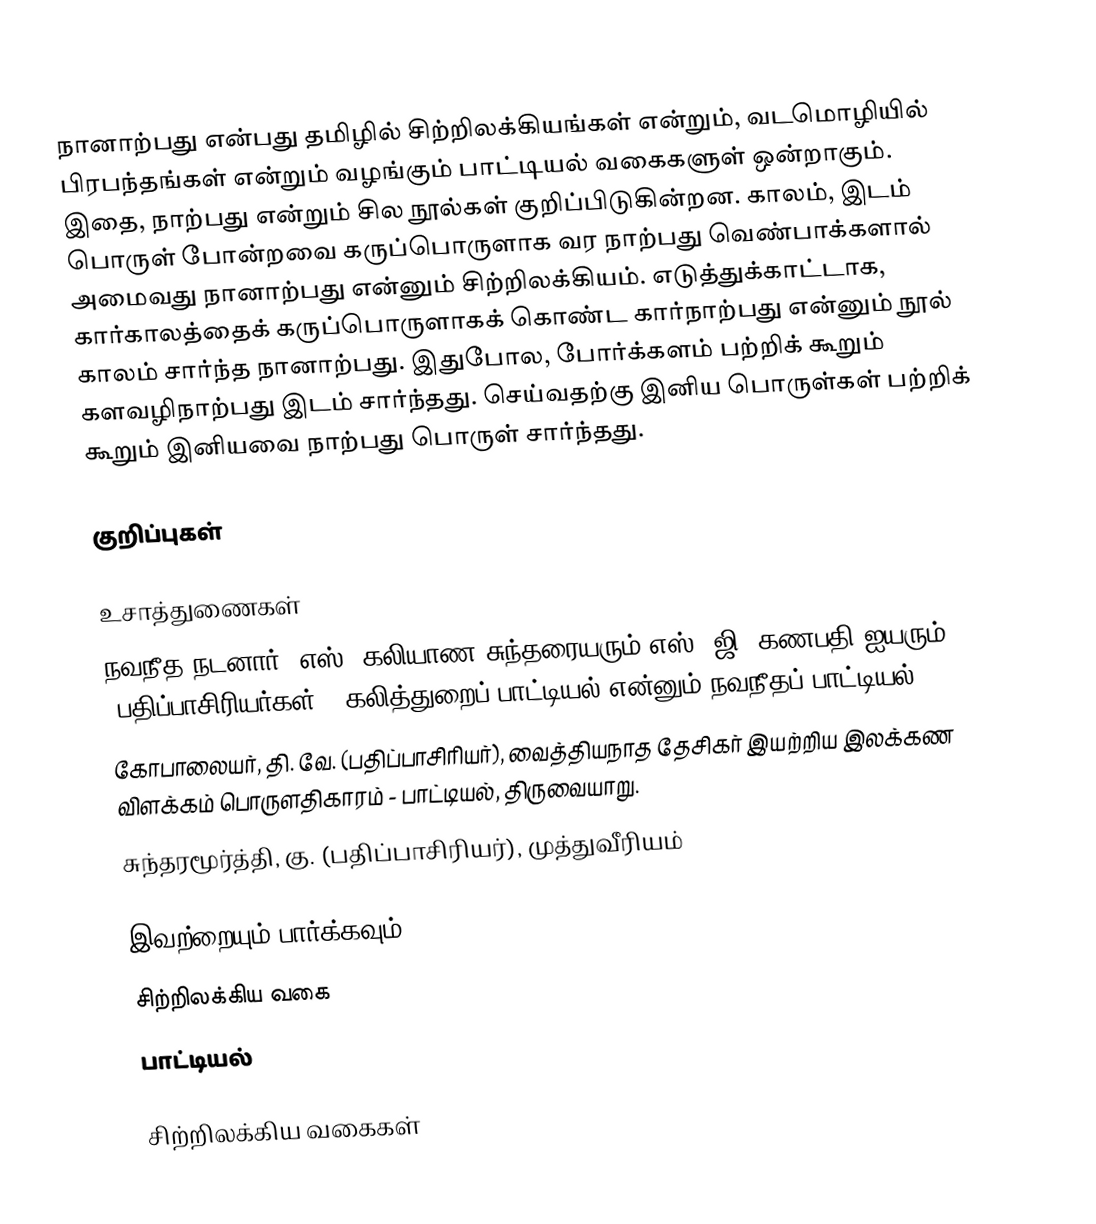
நானாற்பது என்பது தமிழில் சிற்றிலக்கியங்கள் என்றும், வடமொழியில் பிரபந்தங்கள் என்றும் வழங்கும் பாட்டியல் வகைகளுள் ஒன்றாகும். இதை, நாற்பது என்றும் சில நூல்கள் குறிப்பிடுகின்றன. காலம், இடம் பொருள் போன்றவை கருப்பொருளாக வர நாற்பது வெண்பாக்களால் அமைவது நானாற்பது என்னும் சிற்றிலக்கியம். எடுத்துக்காட்டாக, கார்காலத்தைக் கருப்பொருளாகக் கொண்ட கார்நாற்பது என்னும் நூல் காலம் சார்ந்த நானாற்பது. இதுபோல, போர்க்களம் பற்றிக் கூறும் களவழிநாற்பது இடம் சார்ந்தது. செய்வதற்கு இனிய பொருள்கள் பற்றிக் கூறும் இனியவை நாற்பது பொருள் சார்ந்தது.

குறிப்புகள்

உசாத்துணைகள்
 நவநீத நடனார், எஸ். கலியாண சுந்தரையரும் எஸ், ஜி. கணபதி ஐயரும் (பதிப்பாசிரியர்கள்), கலித்துறைப் பாட்டியல் என்னும் நவநீதப் பாட்டியல்
 கோபாலையர், தி. வே. (பதிப்பாசிரியர்), வைத்தியநாத தேசிகர் இயற்றிய இலக்கண விளக்கம் பொருளதிகாரம் - பாட்டியல், திருவையாறு.
 சுந்தரமூர்த்தி, கு. (பதிப்பாசிரியர்), முத்துவீரியம்

இவற்றையும் பார்க்கவும்
 சிற்றிலக்கிய வகை
 பாட்டியல்

சிற்றிலக்கிய வகைகள்